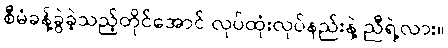
စီမံခန့်ခွဲခဲ့သည့်တိုင်အောင် လုပ်ထုံးလုပ်နည်းနဲ့ ညီရဲ့လား။